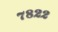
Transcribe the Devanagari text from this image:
७८२२